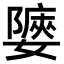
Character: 𡣀